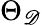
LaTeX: \Theta_{\mathscr{D}}